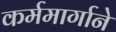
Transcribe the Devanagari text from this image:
कर्ममार्गाने